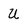
Character: U